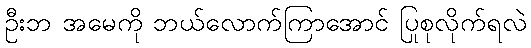
ဦးဘ အမေကို ဘယ်လောက်ကြာအောင် ပြုစုလိုက်ရလဲ